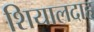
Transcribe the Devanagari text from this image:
शियालदाह